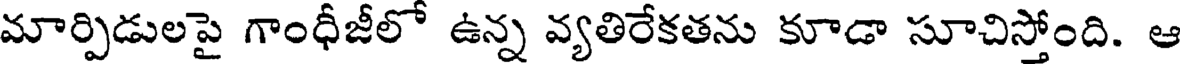
మార్పిడులపై గాంధీజీలో ఉన్న వ్యతిరేకతను కూడా సూచిస్తోంది. ఆ